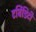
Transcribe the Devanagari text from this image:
टर्बिडिटी